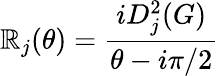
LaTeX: \mathbb{R}_{j}(\theta)=\frac{{iD_{j}^{2}(G)}}{{\theta-i\pi/2}}